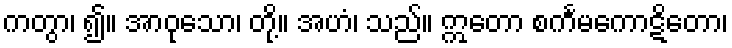
ကတွာ၊ ၍။ အာဝုသော၊ တို့။ အဟံ၊ သည်။ ဣတော စင်္ကမကောဋိတော၊